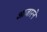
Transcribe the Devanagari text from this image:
आजारने